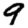
Digit: 9